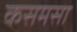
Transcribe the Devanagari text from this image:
कसमसा